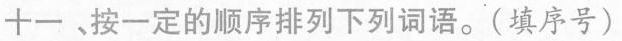
十一、按一定的顺序排列下列词语。(填序号)